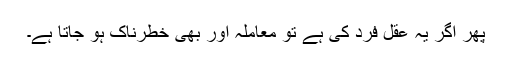
پھر اگر یہ عقل فرد کی ہے تو معاملہ اور بھی خطرناک ہو جاتا ہے۔